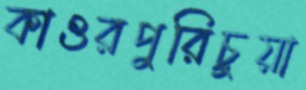
কাওরপুরিচুয়া